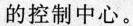
的控制中心。